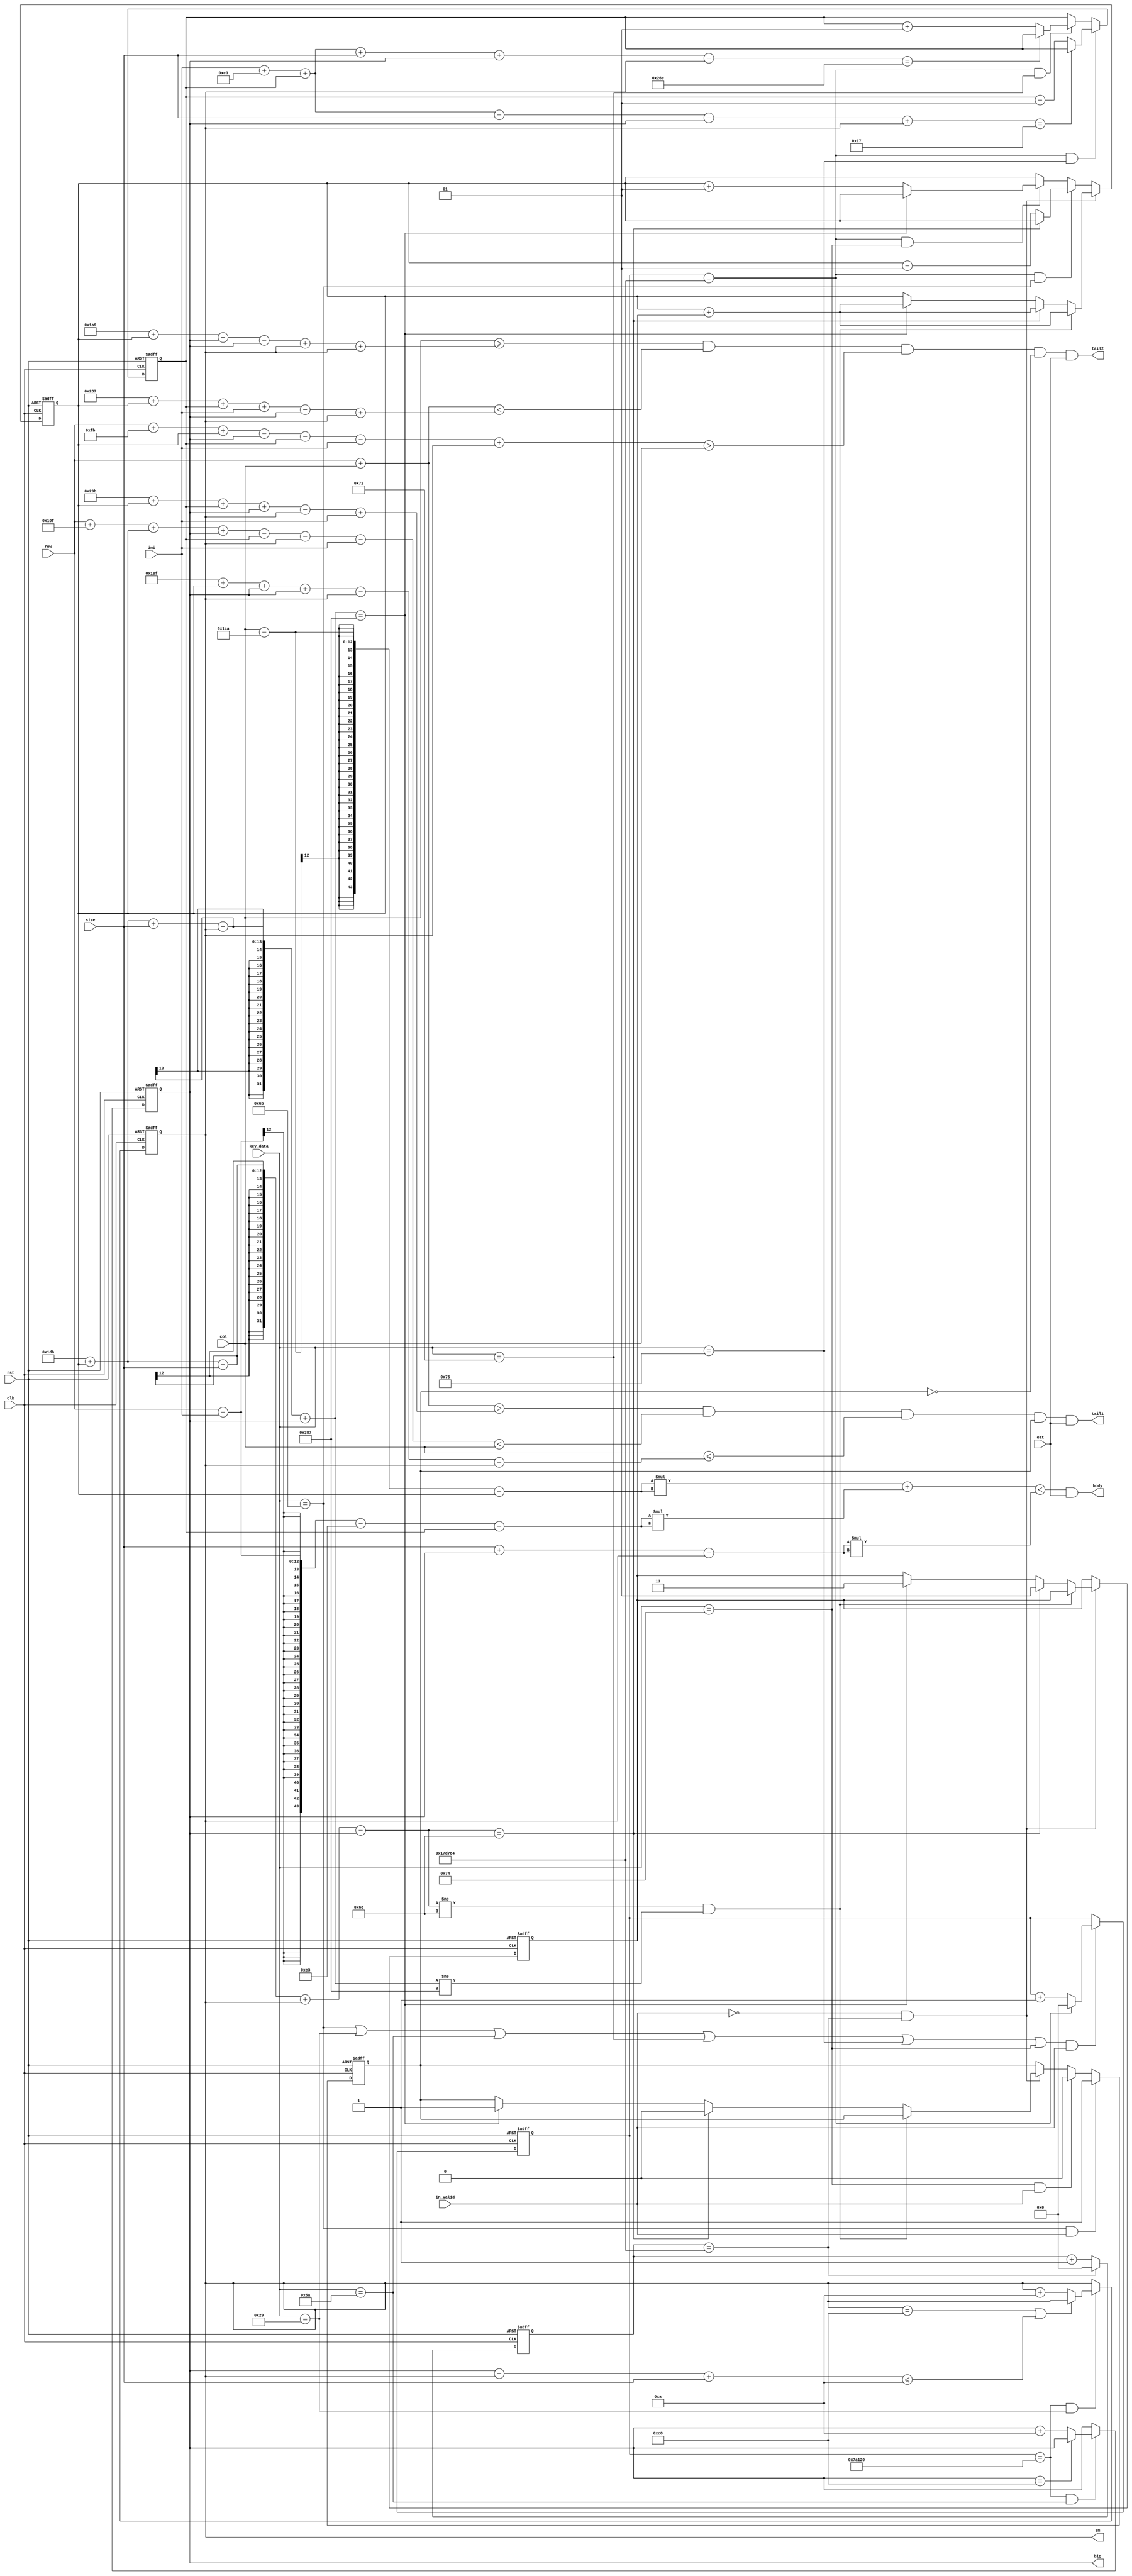
module fish(body,tail1,tail2,clk ,rst,row,col,key_data,size,in_valid,ini,eat,big,sm);
input signed[10:0]ini;

input in_valid;
input signed[11:0] size;
input signed[11:0] row;
input signed[11:0]col;
input rst;
input clk;
input eat;
input [7:0]key_data;
reg flag;
output body;
output tail1;
output tail2;

reg signed [1:0]i;

output reg signed [8:0]big,sm;

reg [22:0]cou2,cou9;
reg signed[10:0]left,up;






assign body =(col-458-left)*(col-458-left)+(row-ini-195-up)*(row-ini-195-up)<{0,(size+big-sm)*(size+big-sm)}&(eat);
assign tail1= ((row + col > 667+left+up+big-sm+ini) & (row +271+left+big-up-sm-ini < col) & (col <= 495+left+big+big-sm-sm) &(flag==1)&(eat));
assign tail2= ((col>=425+left-big-big+sm+sm)&(row + col < 647+left+up+ini-big+sm)& (row +251+left-big-up-ini+sm > col) &(flag==0)&(eat));


always @(posedge clk or posedge rst)begin
if(rst)begin
cou9<=0;

end
else 
	begin
		if(cou9==1562500)
			cou9<=0;
		else
			cou9<=cou9+1;
	end
end

always @(posedge clk or posedge rst)
begin
if(rst)
flag<=0;
else if(key_data==8'b01101011 &&in_valid)
flag<=1;

else if (key_data==8'h74 &&in_valid)
flag<=0;

else if(in_valid==0 && cou9==1562500)
	begin
		if(475+left-size+sm-big!=104 && 475+left+size-sm+big!=903)
			flag<=flag;
			else if(475+left-size+sm-big==104)
			begin
			flag<=0;
			
		end
		else if(475+left+size-sm+big==903)
		begin
			flag<=1;
		end
		else
			flag<=flag;
	end
else 
flag<=flag;
			

end





always @(posedge clk or posedge rst)begin
if(rst)begin
cou2<=0;
end
 else if((key_data==8'b01101011 || key_data==8'b00101001 || key_data==8'b01011010 || key_data==8'b01110010 || key_data==8'b01110101 || key_data==8'b01110100) && in_valid)begin
		
		if(cou2==1562500)
		cou2<=0;
		
		else
		cou2<=cou2+1;
     end
	 else
	 cou2<=cou2;
end


always @(posedge clk or posedge rst)
begin
	if(rst)begin
		up<=0;
		end
	else if(cou2==1562500 && key_data==8'b01110101)begin
	if(ini+195+up-size-big+sm==23)
	up<=up;
	else
	
		up<=up-1;
		end
	else if(cou2==1562500 && key_data==8'b01110010)begin
		if(ini+195+up+size+big-sm==622)
	   up<=up;
	   else
		up<=up+1;
		end
		else 
		begin
		up<=up;		
		end
end

always @(posedge clk or posedge rst)
begin
	if(rst)begin
		left<=0;
		i<=1;
		end
		
	else if(in_valid==0 && cou9==1562500)
	begin
	if(475+left-size+sm-big!=104 && 475+left+size-sm+big!=903)
		left<=left+i;
	else if(475+left-size+sm-big==104)
	begin
		i<=1;
		left<=left+i;
		
	end
	else if(475+left+size-sm+big==903)
	begin
		i<=-1;
		left<=left+i;
	end
	else
		left<=left;
	end
	
	else if(cou2==1562500 && key_data==8'b01101011)begin
	if(475+left-size+sm-big==104)
	left<=left;
	else
	
		left<=left-1;
		end
	else if(cou2==1562500 && key_data==8'b01110100)begin
		if(475+left+size-sm+big==903)
	   left<=left;
	   else
		left<=left+1;
		end
		else 
		begin
		left<=left;		
		end
end

always @(posedge clk or posedge rst)
begin
	if(rst)begin
	big<=0;
	end
	
	else if(cou2==500000 && key_data==8'b01011010)begin
	if(big==200)
	big<=big;
	else
	begin
		big<=big+10;
	end
	end
	else
	begin
    big<=big;
    end

end


always @(posedge clk or posedge rst)
begin
	if(rst)begin
	sm<=0;
	end
	else if(cou2==500000 && key_data==8'b00101001)begin
	if(sm==200 || (big-sm+size<=10))
	sm <=sm;
	else
	begin
		sm<=sm+10;
	end
	end
	else
	begin
    sm<=sm;
    end

end

endmodule